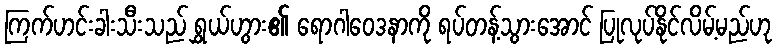
ကြက်ဟင်းခါးသီးသည် ရွှယ်ဟွား၏ ရောဂါဝေဒနာကို ရပ်တန့်သွားအောင် ပြုလုပ်နိုင်လိမ့်မည်ဟု